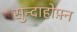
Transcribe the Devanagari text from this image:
सुन्दाहोफ़्न